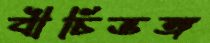
বীচিভঙ্গ